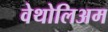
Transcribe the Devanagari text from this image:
वेथोलिअम